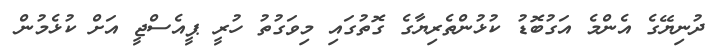
ދުނިޔޭގެ އެންމެ އަގުބޮޑު ކުޅުންތެރިޔާގެ ގޮތުގައި މިވަގުތު ހުރީ ޕީއެސްޖީ އަށް ކުޅެމުން